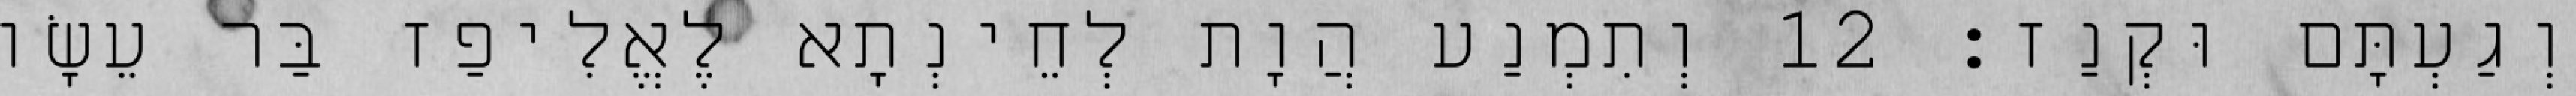
וְגַעְתָּם וּקְנַז׃ 12 וְתִמְנַע הֲוָת לְחֵינְתָא לֶאֱלִיפַז בַּר עֵשָׂו